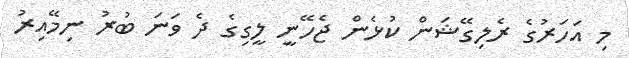
މި އަހަރުގެ ރެލިގޭޝަން ކުޅެން ޖެހޭނީ ލީގިގެ ދެ ވަނަ ބުރު ނިމޭއިރު